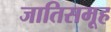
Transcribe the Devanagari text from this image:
जातिसमूह